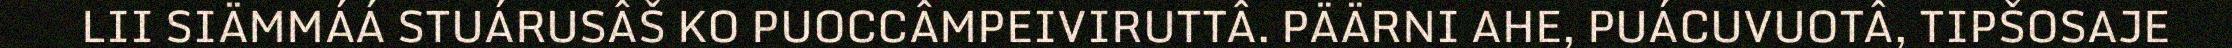
LII SIÄMMÁÁ STUÁRUSÂŠ KO PUOCCÂMPEIVIRUTTÂ. PÄÄRNI AHE, PUÁCUVUOTÂ, TIPŠOSAJE